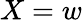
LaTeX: X=w